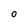
Character: 0